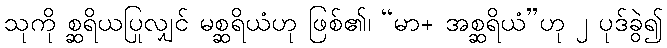
သုကို စ္ဆရိယပြုလျှင် မစ္ဆရိယံဟု ဖြစ်၏၊ “မာ+ အစ္ဆရိယံ”ဟု ၂ ပုဒ်ခွဲ၍